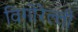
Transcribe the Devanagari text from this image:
विगोरेल्ली